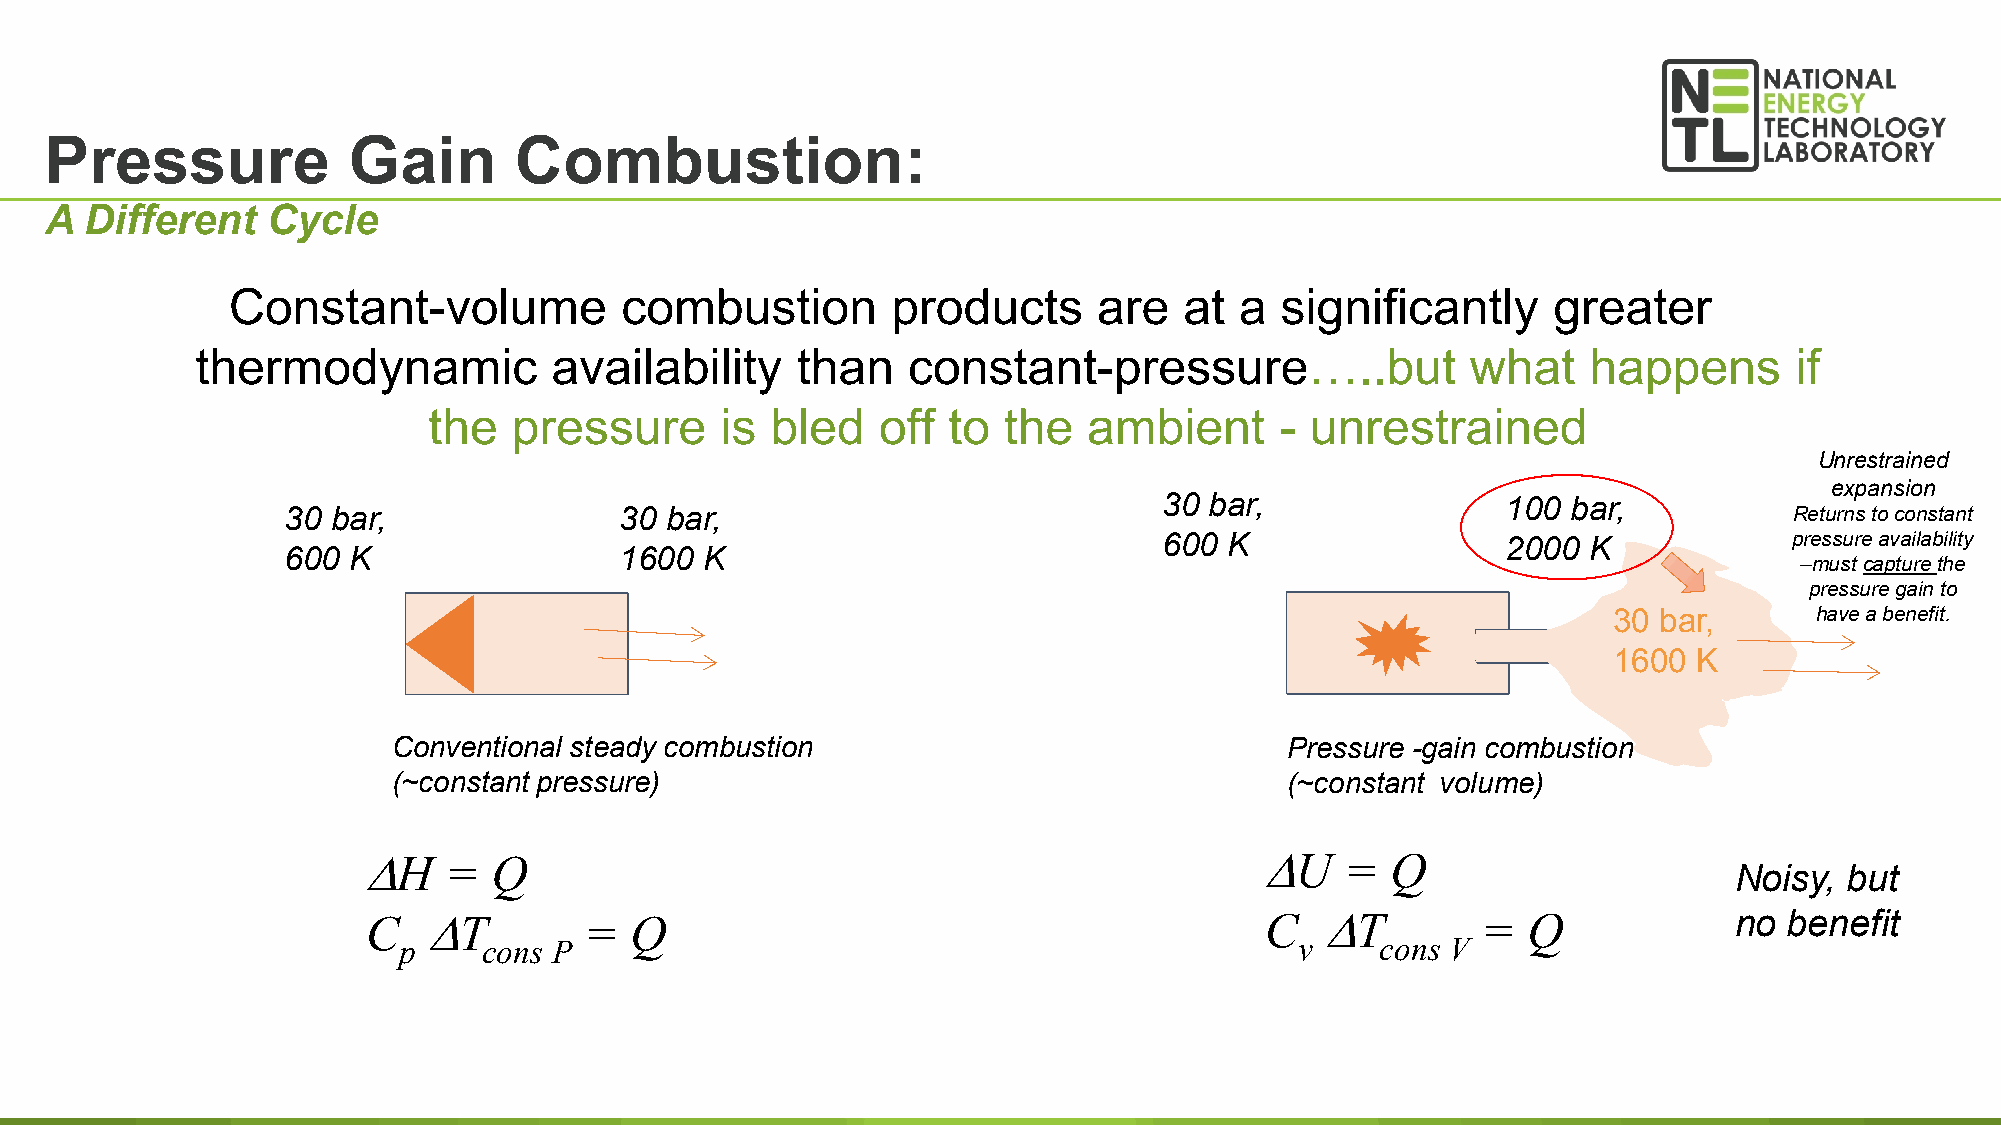
Pressure            Gain       Combustion:
 A  Different   Cycle
 Constant-volume           combustion        products      are  at  a  significantly     greater
 thermodynamic           availability    than   constant-pressure…..but              what    happens       if
 the   pressure      is bled   off  to the   ambient      - unrestrained
 Unrestrained
 expansion
 30 bar,                100 bar,
 30 bar,               30 bar,                                                                       Returns to constant
 600 K                  2000 K             pressure availability
 600 K                 1600 K
 –must capture the
 pressure gain to
 30 bar,      have a benefit.
 1600 K
 Conventional steady combustion                             Pressure -gain combustion
 (~constant pressure)                                       (~constant volume)
 ∆H   =   Q                                                 ∆U    =  Q
 Noisy, but
 C   ∆T         =  Q                                         C  ∆T         =  Q             no benefit
 p     cons P                                                v    cons V
 8